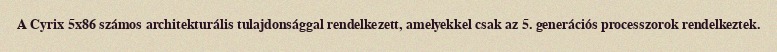
A Cyrix 5x86 számos architekturális tulajdonsággal rendelkezett, amelyekkel csak az 5. generációs processzorok rendelkeztek.